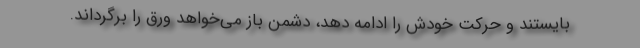
بایستند و حرکت خودش را ادامه دهد، دشمن باز می‌خواهد ورق را برگرداند.